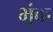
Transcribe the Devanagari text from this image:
भूंक